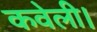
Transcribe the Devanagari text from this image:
कवेली।